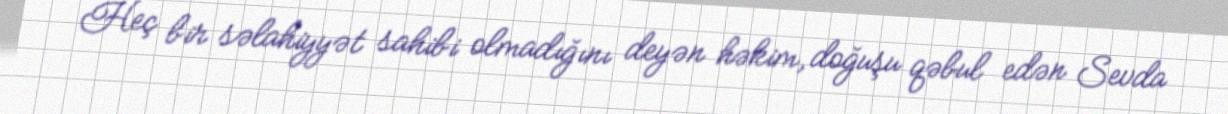
Heç bir səlahiyyət sahibi olmadığını deyən həkim, doğuşu qəbul edən Sevda